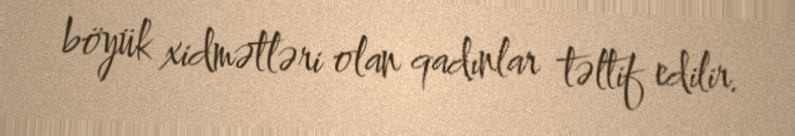
böyük xidmətləri olan qadınlar təltif edilir.